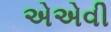
એએવી